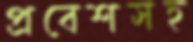
প্রবেশসহ